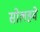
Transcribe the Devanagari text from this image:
सोलहवे